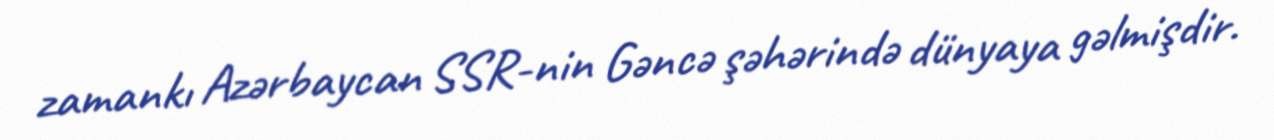
zamankı Azərbaycan SSR-nin Gəncə şəhərində dünyaya gəlmişdir.